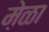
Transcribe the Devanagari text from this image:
मे़ळा